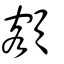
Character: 額